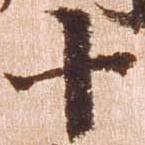
十